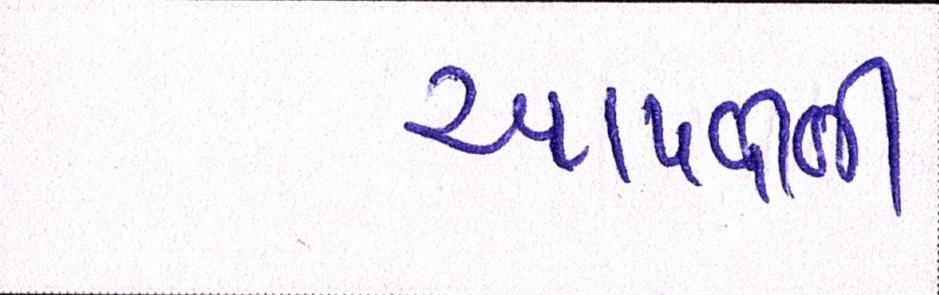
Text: આપવીતી